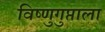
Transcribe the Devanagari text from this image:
विष्णुगुप्ताला